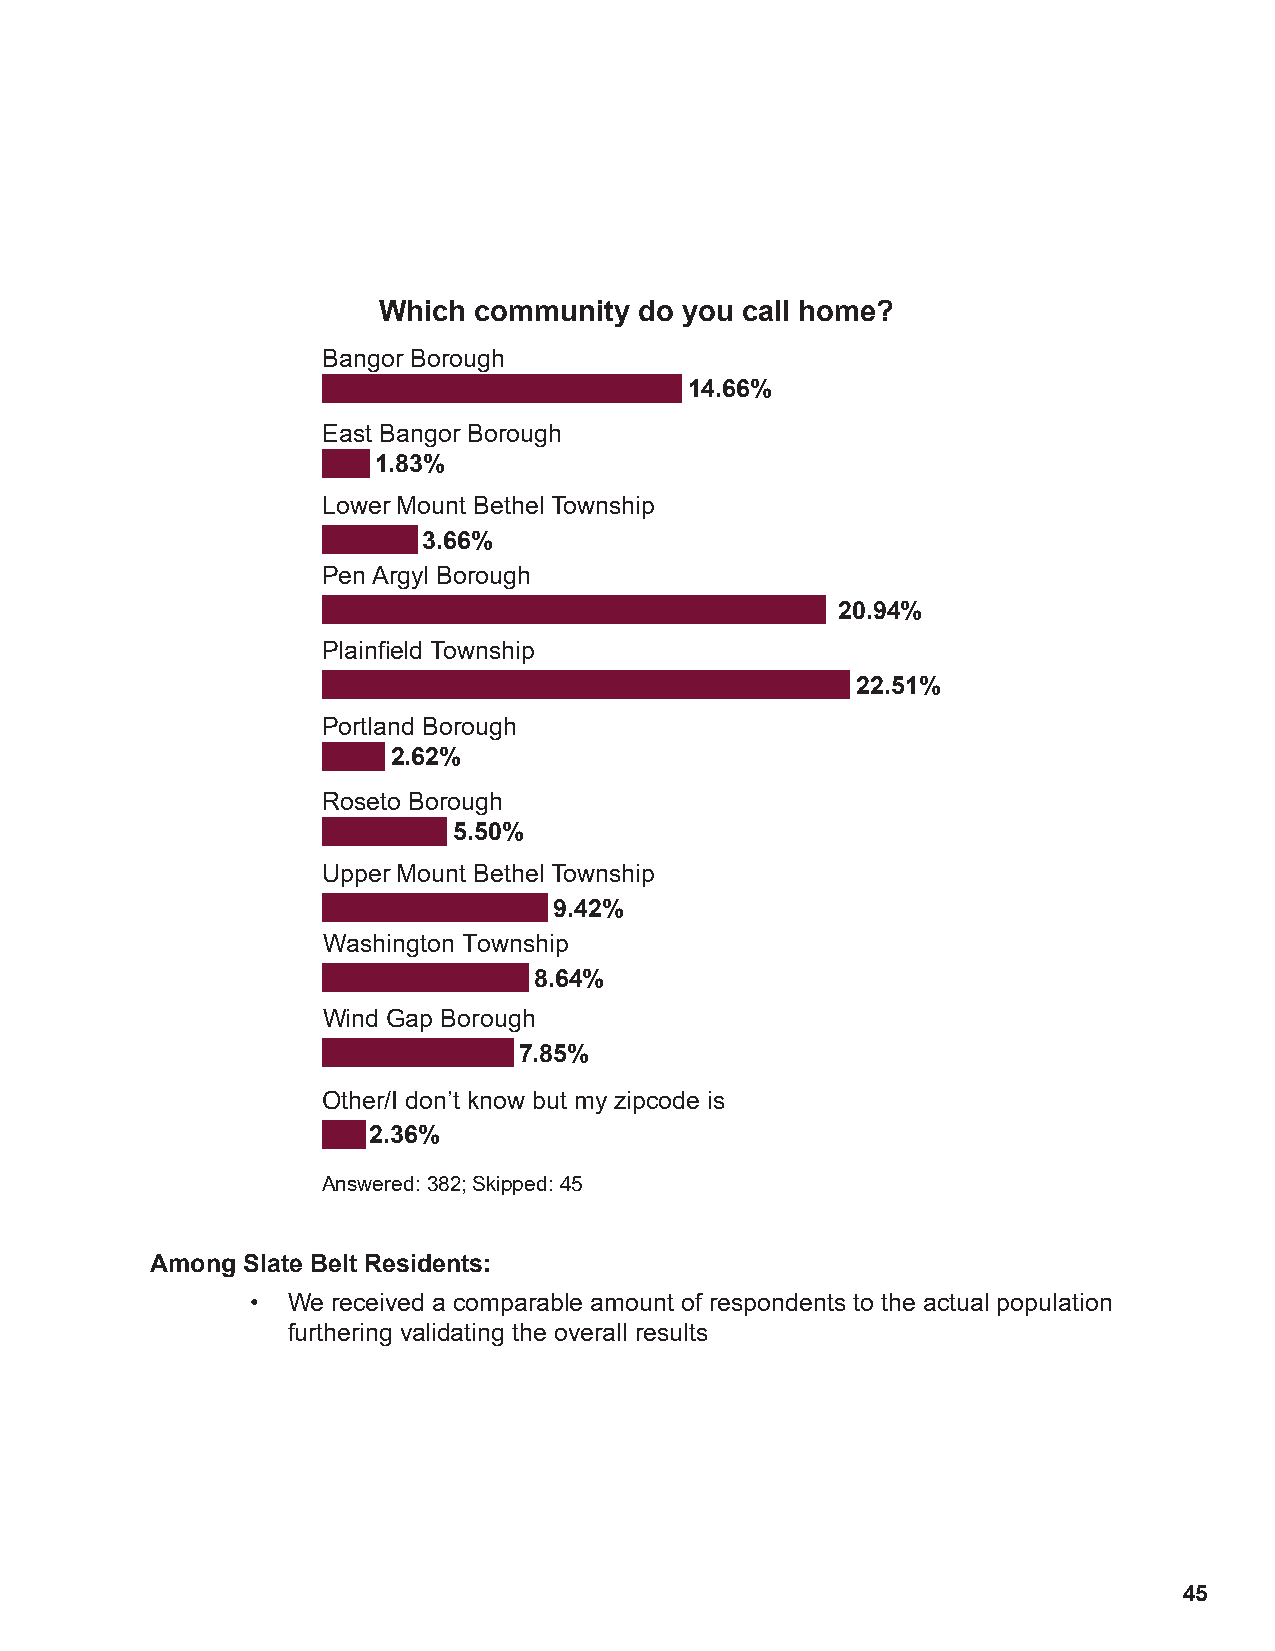
Which community  do you call home?
 Bangor Borough
 14.66%
 East Bangor Borough
 1.83%
 Lower Mount Bethel Township
 3.66%
 Pen Argyl Borough
 20.94%
 Plainfield Township
 22.51%
 Portland Borough
 2.62%
 Roseto Borough
 5.50%
 Upper Mount Bethel Township
 9.42%
 Washington Township
 8.64%
 Wind Gap Borough
 7.85%
 Other/I don’t know but my zipcode is
 2.36%
 Answered: 382; Skipped: 45
 Among Slate Belt Residents:
 • We received a comparable amount of respondents to the actual population
 furthering validating the overall results
 45